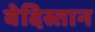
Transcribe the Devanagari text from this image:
वेदिस्तान